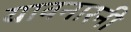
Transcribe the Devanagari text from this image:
यावनारनी